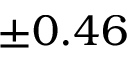
\pm 0 . 4 6